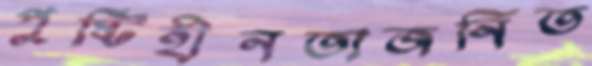
পুষ্টিহীনতাজনিত